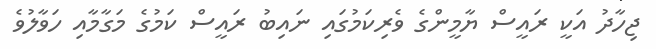
ޖިހާދު އަކީ ރައީސް ޔާމީންގެ ވެރިކަމުގައި ނައިބު ރައީސް ކަމުގެ މަގާމާއި ހަވާލުވެ